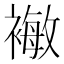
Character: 𰴈